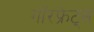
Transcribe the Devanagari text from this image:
गॉरफ्रेट्स